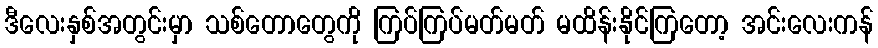
ဒီလေးနှစ်အတွင်းမှာ သစ်တောတွေကို ကြပ်ကြပ်မတ်မတ် မထိန်းနိုင်ကြတော့ အင်းလေးကန်